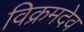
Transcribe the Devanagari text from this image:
विक्रमदेव